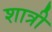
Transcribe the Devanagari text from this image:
शात्री